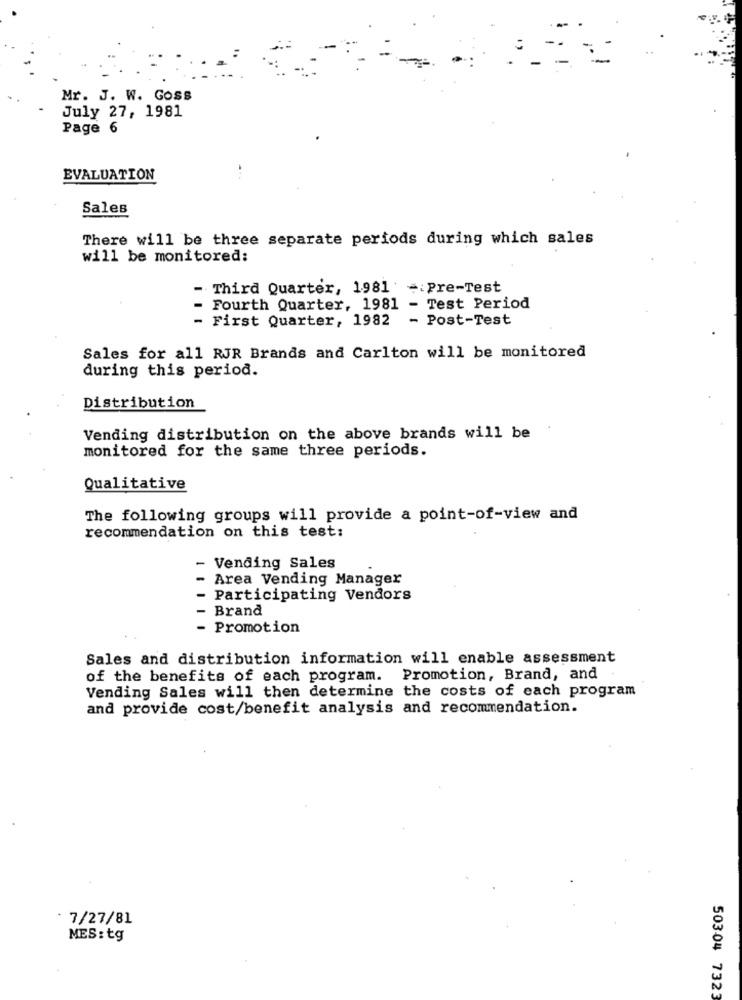
Mr. J. W. Goss
July 27, 1981
Page 6
EVALUATION
Sales
There will be three separate periods during which sales
will be monitored:
- Third Quarter, 1981 -: Pre-Test
Fourth Quarter, 1981 - Test Period
- First Quarter, 1982 - Post-Test
Sales for all RJR Brands and Carlton will be monitored
during this period.
Distribution
Vending distribution on the above brands will be
monitored for the same three periods.
Qualitative
The following groups will provide a point-of-view and
recommendation on this test:
- Vending Sales
-
Area Vending Manager
- Participating Vendors
Brand
Promotion
Sales and distribution information will enable assessment
of the benefits of each program. Promotion, Brand, and
Vending Sales will then determine the costs of each program
and provide cost/benefit analysis and recommendation.
7/27/81
MES: tg
50304 7323